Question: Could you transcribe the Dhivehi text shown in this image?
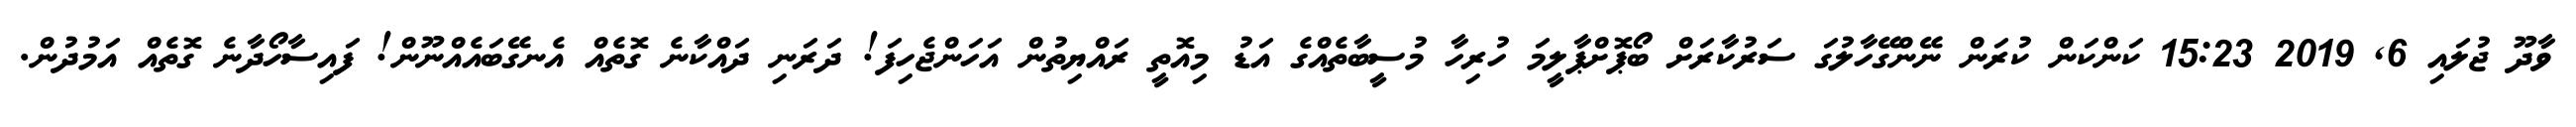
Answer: ވާދޫ ޖުލައި 6, 2019 15:23 ކަންކަން ކުރަން ނޭންގޭހާލުގަ ސަރުކާރަށް ބޯޕޮށްޕާލީމަ ހުރިހާ މުސީބާތެއްގެ އަޑު މިއޮތީ ރައްޔިތުން އަހަންޖެހިފަ! ދަރަނި ދައްކާނެ ގޮތެއް އެނގޭބައެއްނޫން! ފައިސާހޯދާނެ ގޮތެއް އަމުދުން.